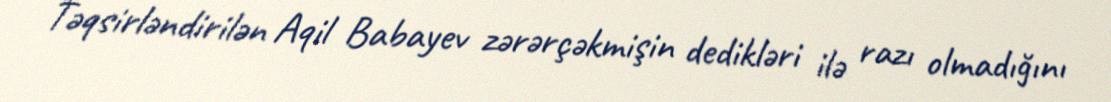
Təqsirləndirilən Aqil Babayev zərərçəkmişin dedikləri ilə razı olmadığını